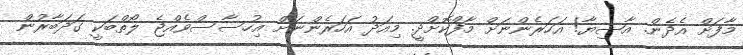
މާފަށް އެދެން. އާޝިޔާ! އަހަރެންނަށް މާފްކޮށްދީ. މިއަދު އަހަރެންނަށް އިހުސާސްވެއްޖެ ލޯތްބަކީ ގަދަބާރުން